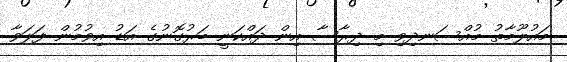
މައުލޫމާތު މުއްސަނދިވި މި ދިރާސާ އިން ދައްކަނީ ބަރުގޮނުގެ އަޑު އިވުމުން ފަލަވާ